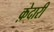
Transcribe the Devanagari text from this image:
क़ेदारी